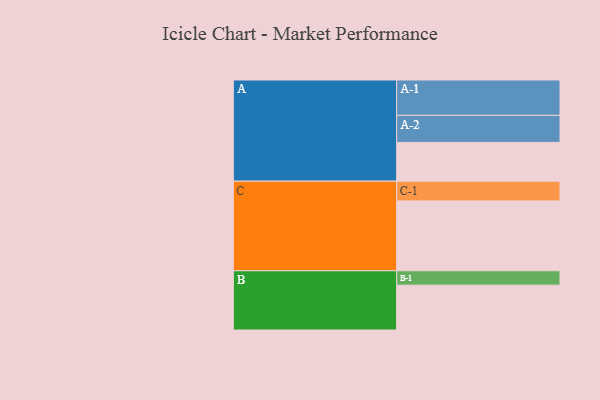
{"axis": {"x": "Segment", "y": "Value"}, "legend": ["", "A", "B", "C"], "data": [{"x": "A", "y": 311, "type": ""}, {"x": "B", "y": 359, "type": ""}, {"x": "C", "y": 559, "type": ""}, {"x": "A-1", "y": 283, "type": "A"}, {"x": "A-2", "y": 216, "type": "A"}, {"x": "B-1", "y": 115, "type": "B"}, {"x": "C-1", "y": 158, "type": "C"}]}